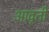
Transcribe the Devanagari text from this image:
आवृर्ती